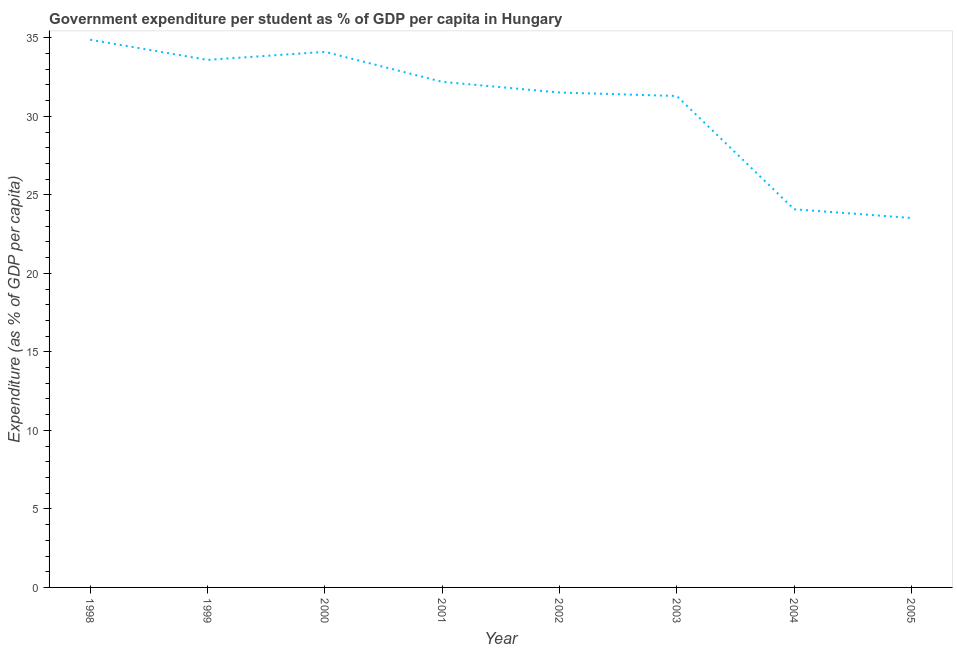
| Year | Government expenditure per tertiary student |
 | --- | --- |
 | 1998 | 34.9 |
 | 1999 | 33.6 |
 | 2000 | 34.1 |
 | 2001 | 32.2 |
 | 2002 | 31.5 |
 | 2003 | 31.3 |
 | 2004 | 24.1 |
 | 2005 | 23.5 |